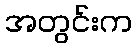
အတွင်းက